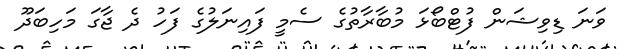
ވަނަ ޑިވިޝަން ފުޓްބޯޅަ މުބާރާތުގެ ސެމީ ފައިނަލުގެ ފަހު ދެ ޖާގަ މަހިބަދޫ